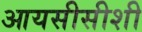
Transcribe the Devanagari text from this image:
आयसीसीशी